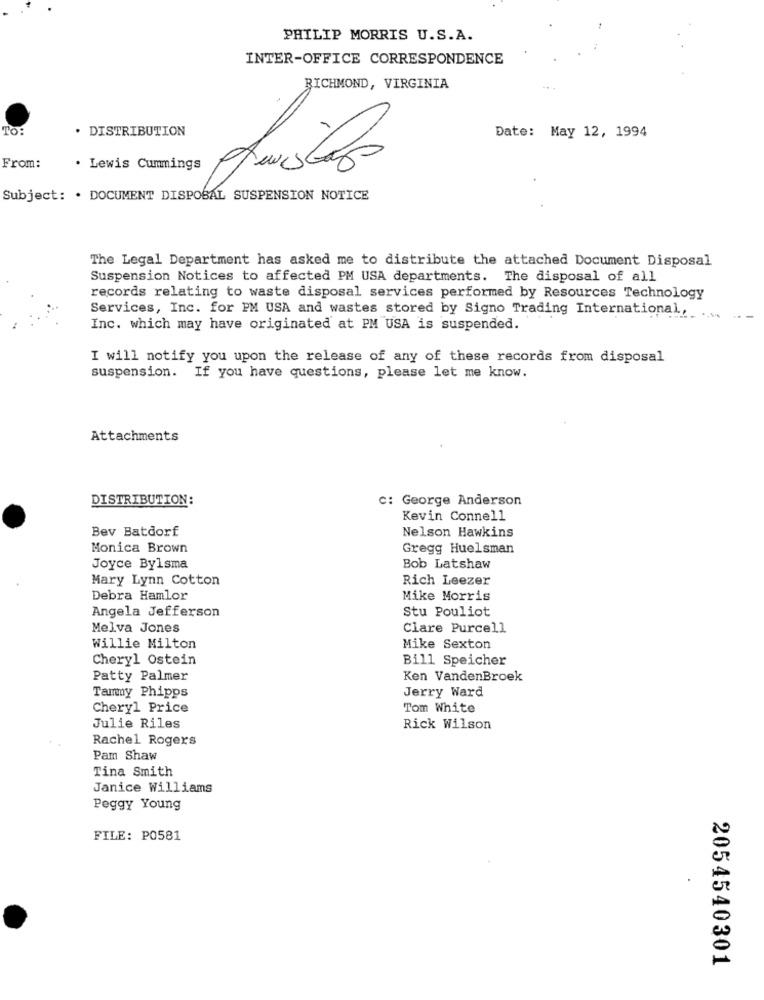
PHILIP MORRIS U.S.A.
INTER-OFFICE CORRESPONDENCE
RICHMOND, VIRGINIA
...
To:
DISTRIBUTION
Date: May 12, 1994
From:
. Lewis Cummings
Subject: . DOCUMENT DISPOSAL SUSPENSION NOTICE
The Legal Department has asked me to distribute the attached Document Disposal
Suspension Notices to affected PM USA departments. The disposal of all
records relating to waste disposal services performed by Resources Technology
Services, Inc. for PM USA and wastes stored by Signo Trading International ....
Inc. which may have originated at PM USA is suspended.
I will notify you upon the release of any of these records from disposal
suspension. If you have questions, please let me know.
Attachments
DISTRIBUTION:
c: George Anderson
Kevin Connell
Bev Batdorf
Nelson Hawkins
Monica Brown
Gregg Huelsman
Joyce Bylsma
Bob Latshaw
Mary Lynn Cotton
Rich Leezer
Debra Hamlor
Mike Morris
Angela Jefferson
Stu Pouliot
Melva Jones
Clare Purcell
Willie Milton
Mike Sexton
Cheryl Ostein
Bill Speicher
Patty Palmer
Ken VandenBroek
Tammy Phipps
Jerry Ward
Cheryl Price
Tom White
Julie Riles
Rick Wilson
Rachel Rogers
Pam Shaw
Tina Smith
Janice Williams
Peggy Young
FILE: P0581
2054540301